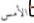
الأمس